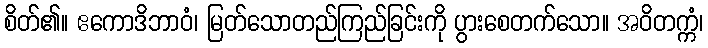
စိတ်၏။ ဧကောဒိဘာဝံ၊ မြတ်သောတည်ကြည်ခြင်းကို ပွားစေတက်သော။ အဝိတက္ကံ၊